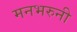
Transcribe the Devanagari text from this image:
मनभरुनी